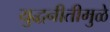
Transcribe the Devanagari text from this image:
युद्धनीतीमुळे